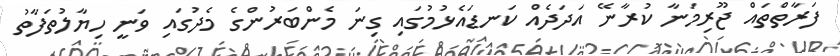
ފަރާތްތައް ޖޫރިމަނާ ކުރާނޭ އަދަދެއް ކަނޑައެޅުމުގައި ގިނަ މެންބަރުންގެ މެދުގައި ވަނީ ހިޔާލުތަފާތު